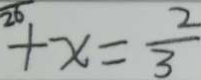
+ x = \frac { 2 } { 3 }